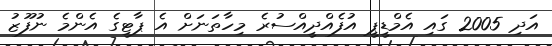
އަދި 2005 ގައި އެމްޑީޕީ އުފެއްދީއްސުރެ މިހާތަނަށް އެ ޕާޓީގެ އެންމެ ނުފޫޒު